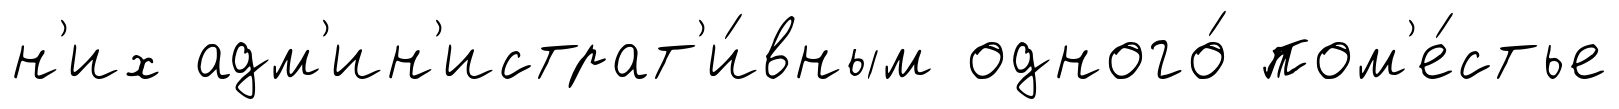
н'их адм'ин'истрат'и́вным одного́ пом'е́стье